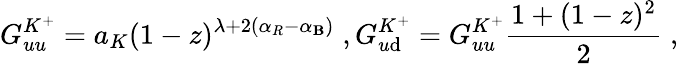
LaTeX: G_{uu}^{K^{+}}=a_{K}(1-z)^{\lambda+2(\alpha_{R}-\alpha_{\mathbf{B}})}\; ,G_{u\mathrm{d}}^{K^{+}}=G_{uu}^{K^{+}}\frac{{1+(1-z)^{2}}}{2}\; ,